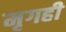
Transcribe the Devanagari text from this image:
मृगही